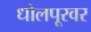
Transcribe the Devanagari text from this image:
धोलपूरवर